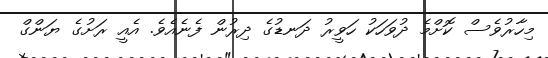
މިހާރުވެސް ކޮށްމެ ދުވަހަކު ހަވީރު ދަނޑުގެ ދިރުން ފެނެއެވެ. އެއީ ރަށުގެ ޔަންގް